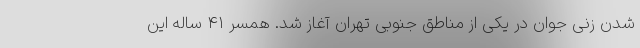
شدن زنی جوان در یکی از مناطق جنوبی تهران آغاز شد. همسر ۴۱ ساله این